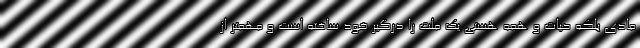
مادی بلکه حیات و همه هستی یک ملت را درگیر خود ساخته است و مهمتر از